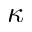
\kappa